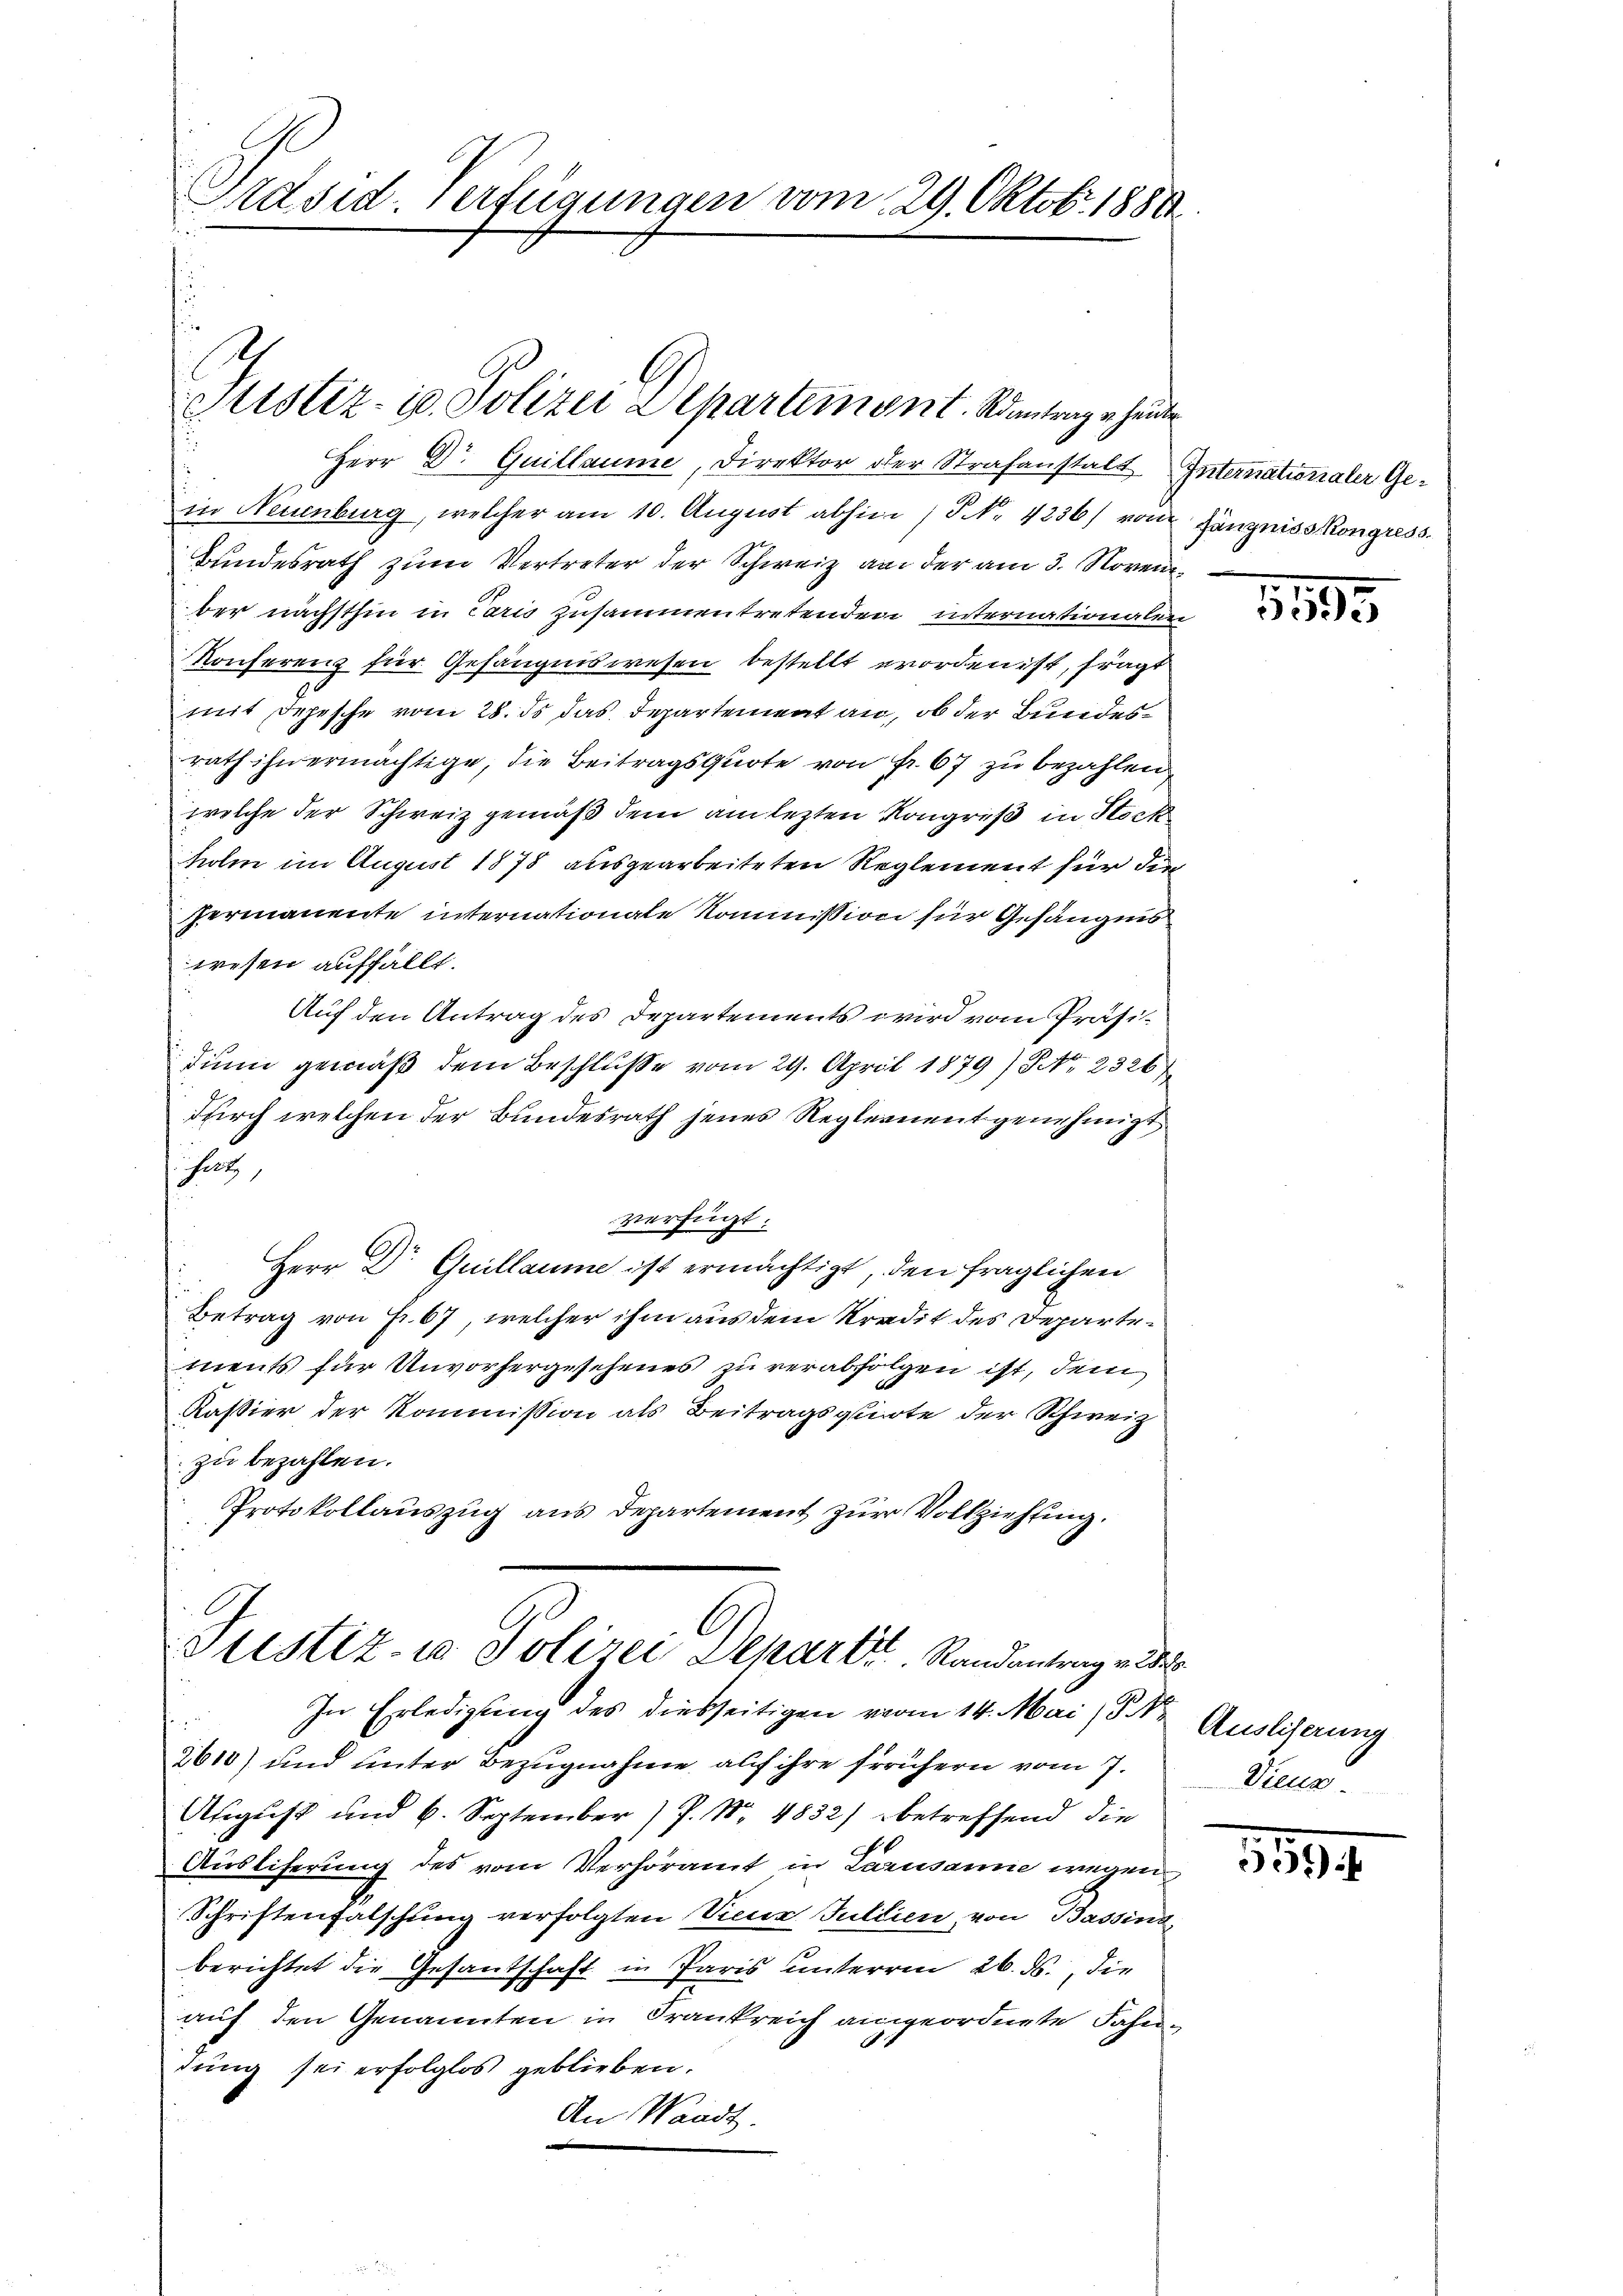
Präsid. Verfügungen vom 29. Oktobr. 1888

Justiz- u. Polizei Departement. Sonntengehenden

Herr Dr. Guillaume, Direktor der Strafanstalt. Internationaler Gein Neuenburg, welcher am 10. August abhin (S. 4256/ von fängniss Kongress
Bundesrath zum Vertreter der Schweiz an der am 3. November nächsthin in Paris zusammentretenden internationalen
Konferenz für Gefängniswesen bestellt worden ist, fragt
mit Depesche vom 28. ds das Departement an, ob der Bundesrath ihn ermächtige, die Beitragsquote von Fr. 67 zu bezahlen
welche der Schweiz gemäß dem am lezten Kongreß in Stock
holm im August 1878 ausgearbeiteten Reglement für die
Hermanente internationale Kommission für Gefängnis
wesen auffällt.
Auf den Antrag des Departements wird vom Präsidium gemäß dem Beschluße vom 29. April 1879) NNo. 2326/
durch welchen der Bundesrath jenes Reglernentgenehmigt
hate,
verfügt:
Herr Dr. Guillaume ist ermächtigt, den fraglichen
Betrag von Fr. 67, welcher ihm aus dem Kredit des Departements für Unvorhergesehenes zu verabfolgen ist, dem
Kassier der Kommission als Beitragsquote der Schweiz
zu bezahlen.
Protokollauszug aus Departement zur Vollziehung.

In Erledigung des dießseitigen vom 14. Mai (§. 1. Auslierung
t
2610) und unter Bezugnahme auf ihre frühern vom 7.
August und 6. September) P. Nr. 4832) betreffend die
Ausliferung des vom Verhöramt in Lausanne wegen
Schriftenfalschung verfolgten Viene Juliien, von Bassina,
berichtet die Gesantschaft in Paris unterren 26. ds., die
auf den Genannten in Frankreich angeordnete Fahn¬
1
dung sei erfolglos geblieben.
An Waadt.

Justiz- u Polizei Depart Randantrag v. 8.

1595

Diens

159